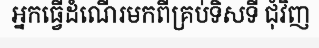
អ្នកធ្វើដំណើរមកពីគ្រប់ទិសទី ជុំវិញ